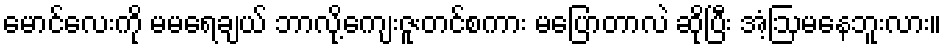
မောင်လေးကို မမရေချယ် ဘာလို့ကျေးဇူးတင်စကား မပြောတာလဲ ဆိုပြီး အံ့ဩမနေဘူးလား။